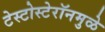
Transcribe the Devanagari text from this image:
टेस्टोस्टेरॉनमुळे